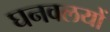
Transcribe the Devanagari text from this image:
घनवलयों